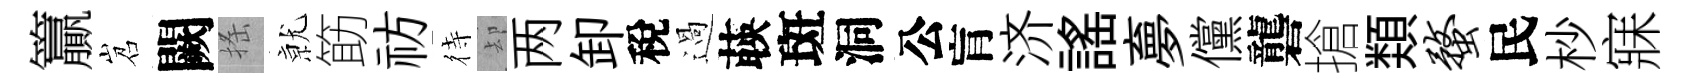
籯岧闕搖𭕒筯祊待却两卸稅過𦴤斑洞公肓济謡夣儻礱搶𩔖蝥民杪寐